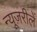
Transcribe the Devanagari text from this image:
न्यूज़रीलें